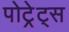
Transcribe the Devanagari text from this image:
पोट्रेट्स